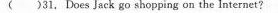
( ) 31. Does Jack go shopping on the lnternet?